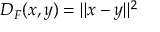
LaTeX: D _ { F } ( x , y ) = \| x - y \| ^ { 2 }